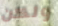
ولكن